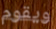
ويقوم